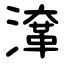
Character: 㵮